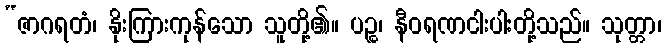
“ဇာဂရတံ၊ နိုးကြားကုန်သော သူတို့၏။ ပဉ္စ၊ နီဝရဏငါးပါးတို့သည်။ သုတ္တာ၊